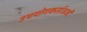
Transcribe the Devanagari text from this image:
उपयोगकर्ताअओं